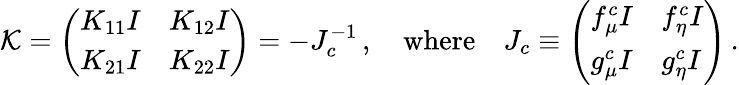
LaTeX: {\mathcal K}=\left(\begin{array}{ll}{K_{11}I}&{K_{12}I}\\ {K_{21}I}&{K_{22}I}\end{array}\right)=-J_{c}^{-1}\, ,\quad\mathrm{where}\quad J_{c}\equiv\left(\begin{array}{ll}{f_{\mu}^{c}I}&{f_{\eta}^{c}I}\\ {g_{\mu}^{c}I}&{g_{\eta}^{c}I}\end{array}\right)\, .